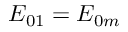
{ E } _ { 0 1 } = { E } _ { 0 m }